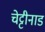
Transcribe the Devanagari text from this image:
चेट्टीनाड